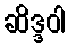
ဆိဒ္ဒဝါ